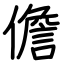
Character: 儋